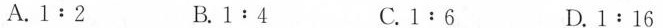
A. 1:2 B. 1:4 C. 1:6 D. 1:16